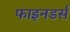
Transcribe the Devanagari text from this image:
फाइनडर्स